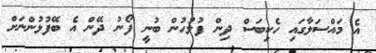
އެ މައްސަލާގައި ހެކިބަސް ދިން ފުލުހުން ބުނީ ފޯނު ދޭން އެ ބޭފުޅުންނަށް